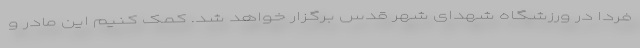
فردا در ورزشگاه شهدای شهر قدس برگزار خواهد شد. کمک کنیم این مادر و